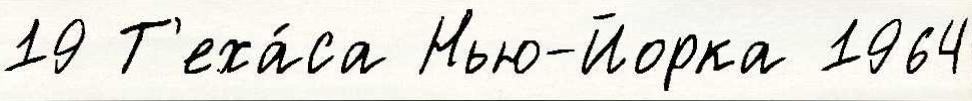
19 Т'еха́са Нью-Йорка 1964